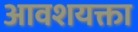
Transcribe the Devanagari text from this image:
आवशयक्ता